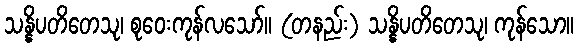
သန္နိပတိတေသု၊ စုဝေးကုန်လသော်။ (တနည်း) သန္နိပတိတေသု၊ ကုန်သော။